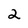
Character: 2